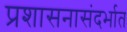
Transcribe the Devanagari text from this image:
प्रशासनासंदर्भात